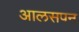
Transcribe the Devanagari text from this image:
आलसपन